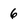
Character: 6